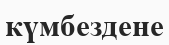
күмбездене